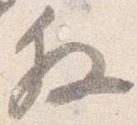
叙